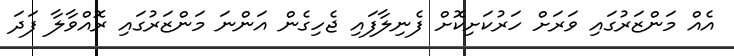
އެއް މަންޒަރުގައި ވަރަށް ހަރުކަށިކޮށް ފެނިލާފައި ޖެހިގެން އަންނަ މަންޒަރުގައި ރޮއްވާލާ ފަދަ